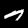
Digit: 7